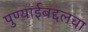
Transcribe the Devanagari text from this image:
पुण्याईबद्दलचा